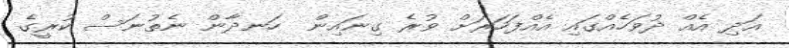
އަދި އެއް ދުވަހެއްގައި އެއްފަހަރަށް ވުރެ ގިނައިން  ހަނދާން ނެތުނަސް ކުރީގެ